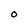
Character: O